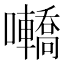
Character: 𡅫